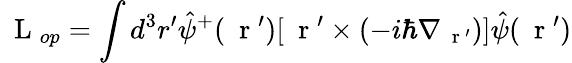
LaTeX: \mathrm{~\mathbf~L~}_{op}=\int d^{3}r^{\prime}\hat{\psi}^{+}(\mathrm{~\mathbf~r~}^{\prime})[\mathrm{~\mathbf~r~}^{\prime}\times(-i\hbar\nabla_{\mathrm{~\mathbf~r~}^{\prime}})]\hat{\psi}(\mathrm{~\mathbf~r~}^{\prime})